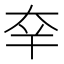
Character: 㚔